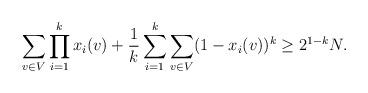
LaTeX: \begin{align*}\sum_{v \in V}\prod_{i=1}^k x_i(v) +\frac 1k \sum_{i=1}^k \sum_{v \in V} (1-x_i(v))^k \geq 2^{1-k}N.\end{align*}